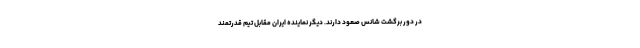
در دور برگشت شانس صعود دارند. دیگر نماینده ایران مقابل تیم قدرتمند